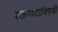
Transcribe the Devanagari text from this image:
रक्तगटाविषयी